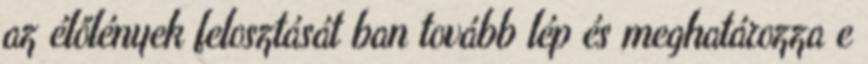
az élőlények felosztását ban tovább lép és meghatározza e